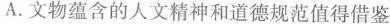
A. 文物蕴含的人文精神和道德规范值得借鉴